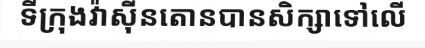
ទីក្រុងវ៉ាស៊ីនតោនបានសិក្សាទៅលើ